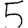
Digit: 5